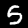
Digit: 5